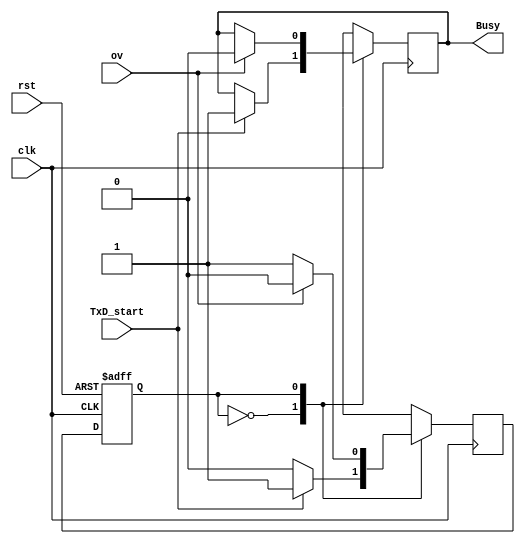
module Tx_controller(TxD_start , ov ,rst , clk , Busy );

	localparam start = 1'b0;
	localparam wait_for_ov = 1'b1;

	input TxD_start, clk , ov , rst;
	output reg Busy;
	
	reg curr , next;
	
	initial begin
	  curr = start;
	  next = start;
	  Busy = 0;
	end
	always@(posedge clk , negedge rst)begin
		if(!rst)
			curr = start;
		else
			curr = next;
	end
	always@(negedge clk) begin
		case(curr)
			start: begin
				if(TxD_start)begin
				  Busy = 1;
					next = wait_for_ov;
				end
				else
					next = start;
			end
			wait_for_ov: begin
				if(ov)begin
				  Busy = 0;
					next = start;
				end
				else begin
					next = wait_for_ov;
				end
			end
			
			default: begin
				next = start;
				Busy = 0;
			end
		endcase
	end
endmodule